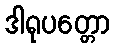
ဒါရုပတ္တော